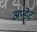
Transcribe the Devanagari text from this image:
अप्डेट